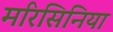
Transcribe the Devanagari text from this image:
मरिसिनिया